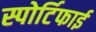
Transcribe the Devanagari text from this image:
स्पोर्टिफाई